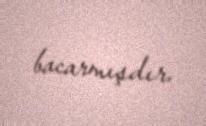
bacarmışdır.